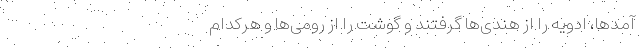
‌آمدها، ادویه را از هندی‌ها گرفتند و گوشت را از رومی‌ها و هر‌کدام